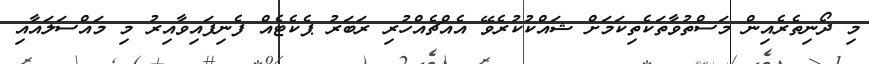
މި ދޯނިތެރެއިން މަސްތުވާތަކެތިކަމަށް ޝައްކުކުރެވޭ އެއްޗެއްހުރި ރަބަރު ޕެކެޓެއް ފެނިފައިވާއިރު މި މައްސަލައާއި